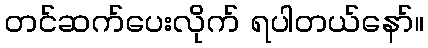
တင်ဆက်ပေးလိုက် ရပါတယ်နော်။